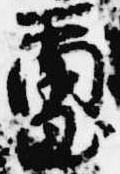
璽